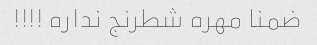
ضمنا مهره شطرنج نداره !!!!